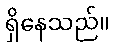
ရှိနေသည်။